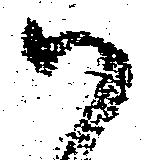
御